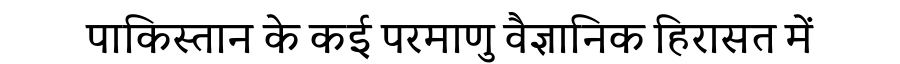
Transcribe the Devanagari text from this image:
पाकिस्तान के कई परमाणु वैज्ञानिक हिरासत में